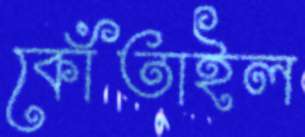
কোঁতাইল